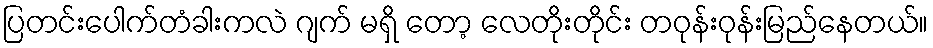
ပြတင်းပေါက်တံခါးကလဲ ဂျက် မရှိ တော့ လေတိုးတိုင်း တဝုန်းဝုန်းမြည်နေတယ်။